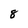
Character: 8